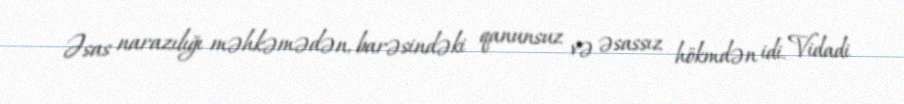
Əsas narazılığı məhkəmədən, barəsindəki qanunsuz və əsassız hökmdən idi. Vidadi